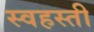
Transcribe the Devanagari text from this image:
स्वहस्ती